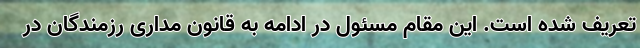
تعریف شده است. این مقام مسئول در ادامه به قانون مداری رزمندگان در